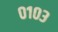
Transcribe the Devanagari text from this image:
०१०३